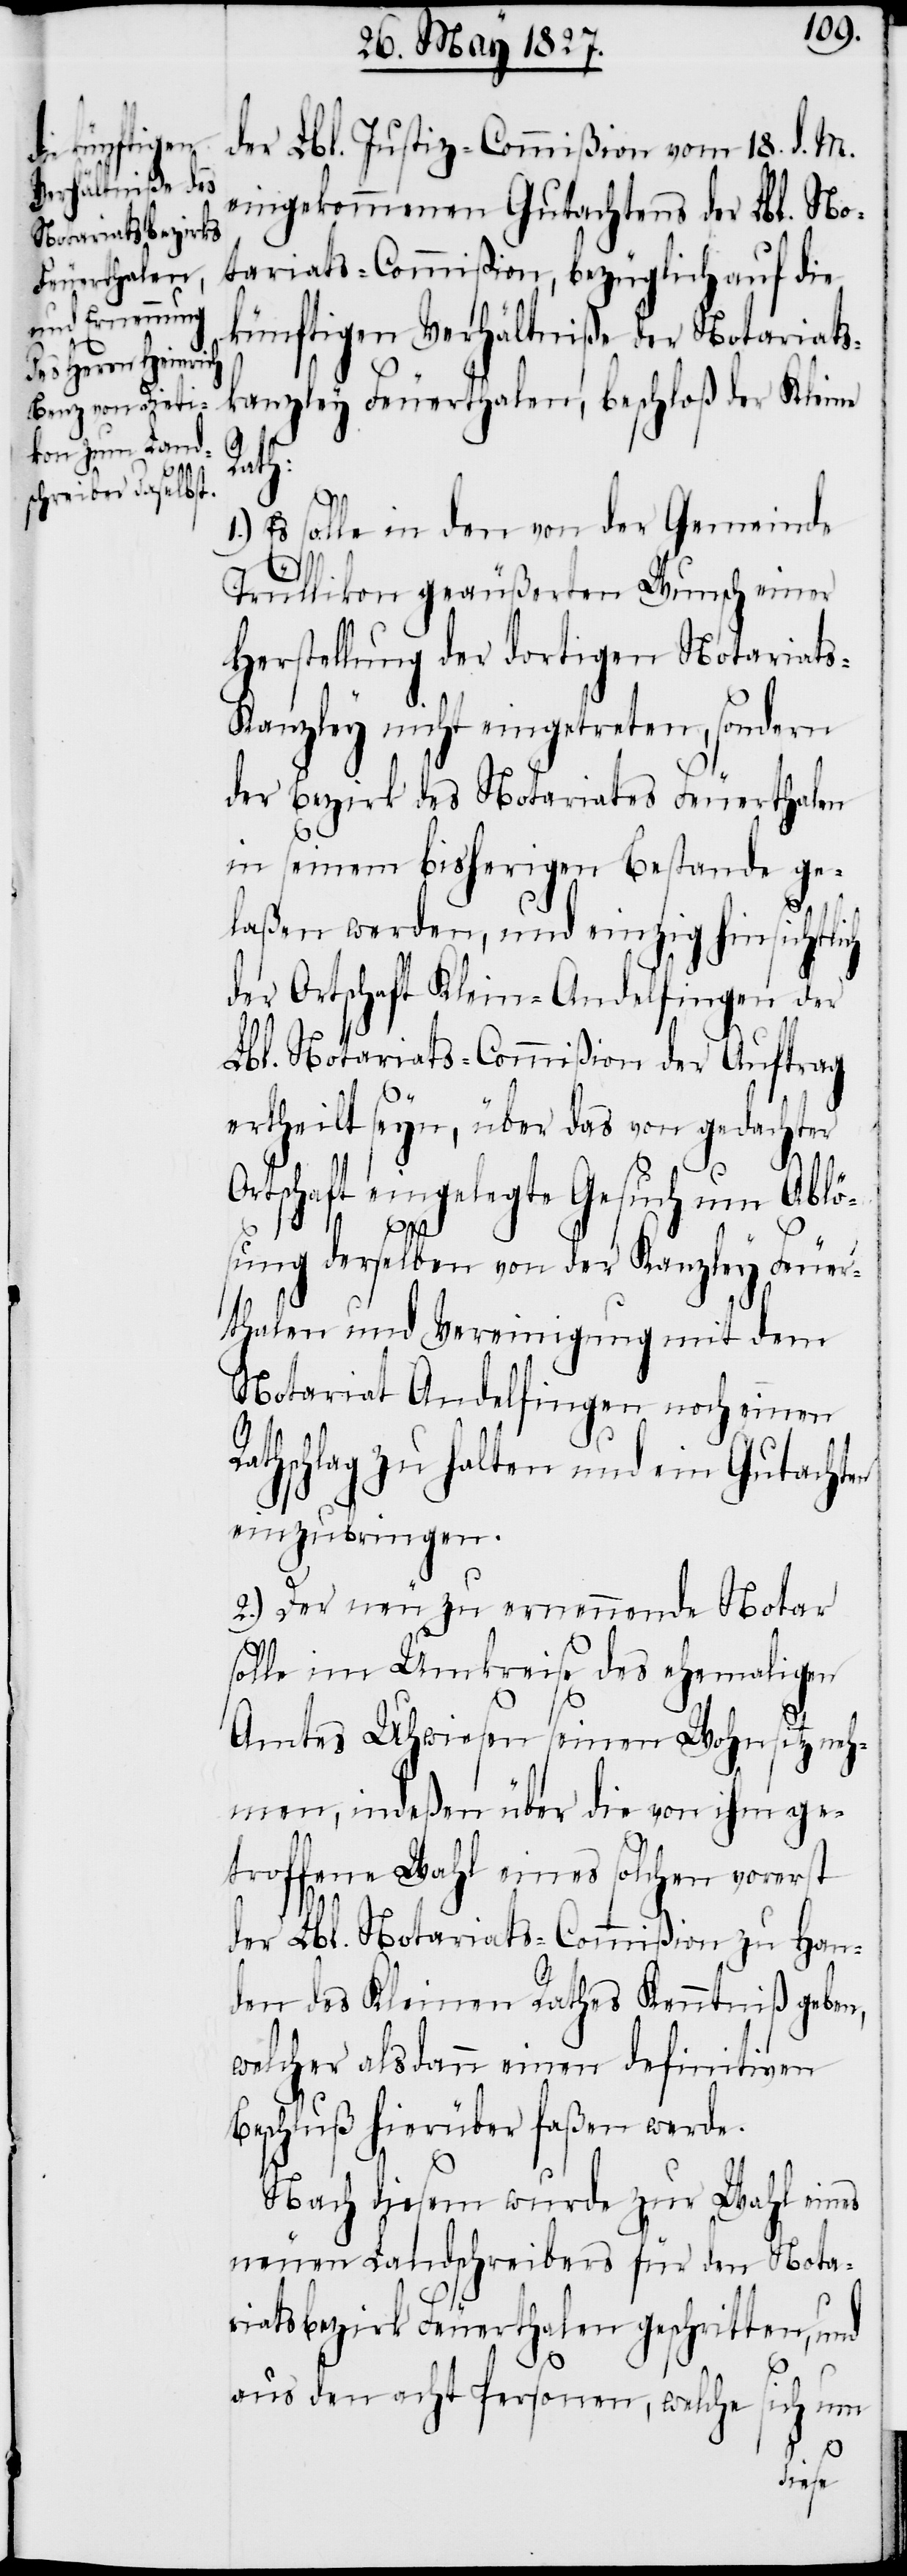
der Lbl. Justiz-Commißion vom 18. d. M.
eingekommenen Gutachtens der Lbl. No¬
tariats-Commißion, bezüglich auf die
künftigen Verhältniße der Notariats¬
kanzley Feuerthalen, beschloß der Kleine
Rath:
1.) Es solle in den von der Gemeinde
Trüllikon geäußerten Wunsch einer
Herstellung der dortigen Notariat¬
s-Kanzley nicht eingetreten, sondern
der Bezirk des Notariates Feuerthalen
in seinem bisherigen Bestande ge¬
laßen werden, und einzig hinsichtlich
der Ortschaft Klein-Andelfingen der
Lbl. Notariats-Commißion der Auftrag
ertheilt seyn, über das von gedachter
Ortschaft eingelegte Gesuch um Ablö¬
sung derselben von der Kanzley Feuer¬
thalen und Vereinigung mit dem
Notariat Andelfingen noch einen
Rathschlag zu halten und ein Gutachten
einzubringen.
2.) Der neu zu ernennende Notar
solle im Umkreise des ehemaligen
Amtes Uhwiesen seinen Wohnsitz neh¬
men, indeßen über die von ihm ge¬
troffene Wahl eines solchen vorerst
der Lbl. Notariats-Commißion zu Han¬
den des Kleinen Rathes Kenntniß geben,
welcher alsdann einen definitiven
Beschluß hierüber faßen werde.
Nach diesem wurde zur Wahl eines
neuen Landschreibers für den Nota¬
riatsbezirk Feuerthalen geschritten, und
aus den acht Personen, welche sich um